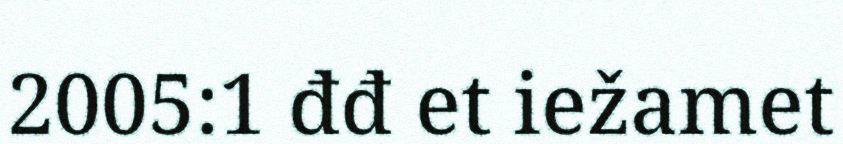
2005:1 đđ et iežamet